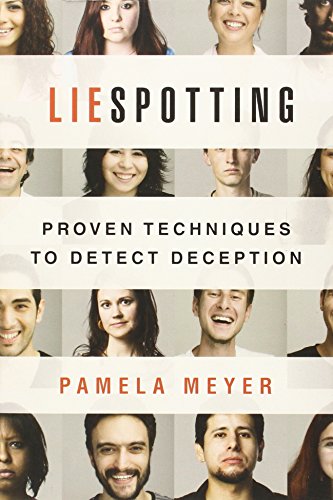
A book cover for Liespotting: Proven Techniques to Detect Deception; Pamela Meyer; Self-Help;